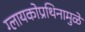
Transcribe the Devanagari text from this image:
ग्लायकोप्रथिनामुळे